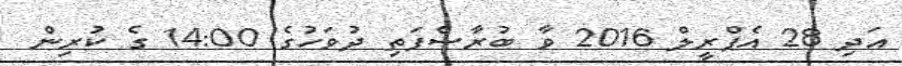
އަދި 28 އެޕްރީލް 2016 ވާ ބުރާސްފަތި ދުވަހުގެ 14:00 ގެ ކުރިން